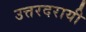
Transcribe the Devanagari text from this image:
उत्तरदरायी